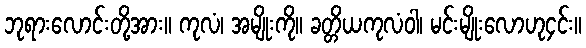
ဘုရားလောင်းတို့အား။ ကုလံ၊ အမျိုးကို။ ခတ္တိယကုလံဝါ၊ မင်းမျိုးလောဟု၄င်း။